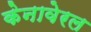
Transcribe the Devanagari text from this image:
केनावेरल